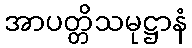
အာပတ္တိသမုဋ္ဌာနံ